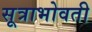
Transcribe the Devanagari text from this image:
सूत्राभोवती